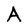
Character: A